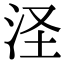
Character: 𣲾